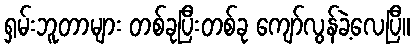
ရှမ်းဘူတာများ တစ်ခုပြီးတစ်ခု ကျော်လွန်ခဲ့လေပြီ။